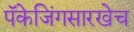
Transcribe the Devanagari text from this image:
पॅकेजिंगसारखेच